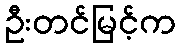
ဦးတင်မြင့်က